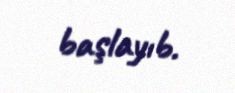
başlayıb.